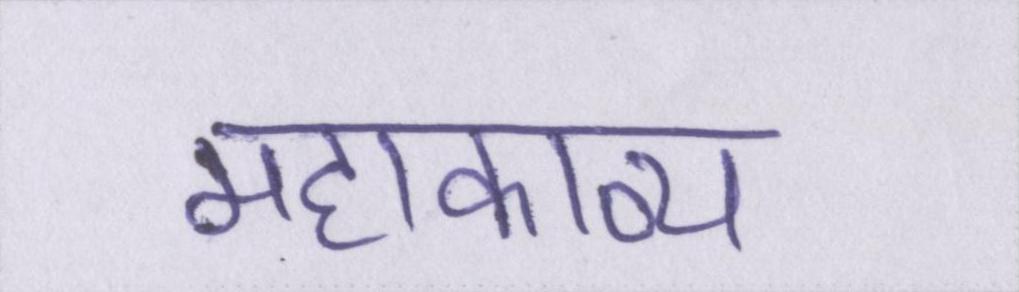
महाकाव्य